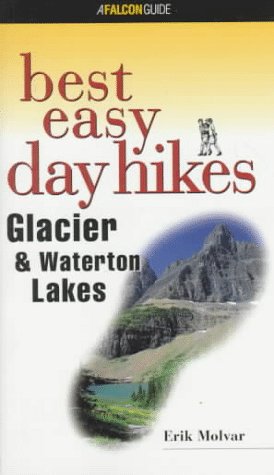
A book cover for Best Easy Day Hikes Glacier and Waterton Lakes (Best Easy Day Hikes Series); Erik Molvar; Travel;